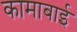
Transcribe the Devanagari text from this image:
कामाबाई